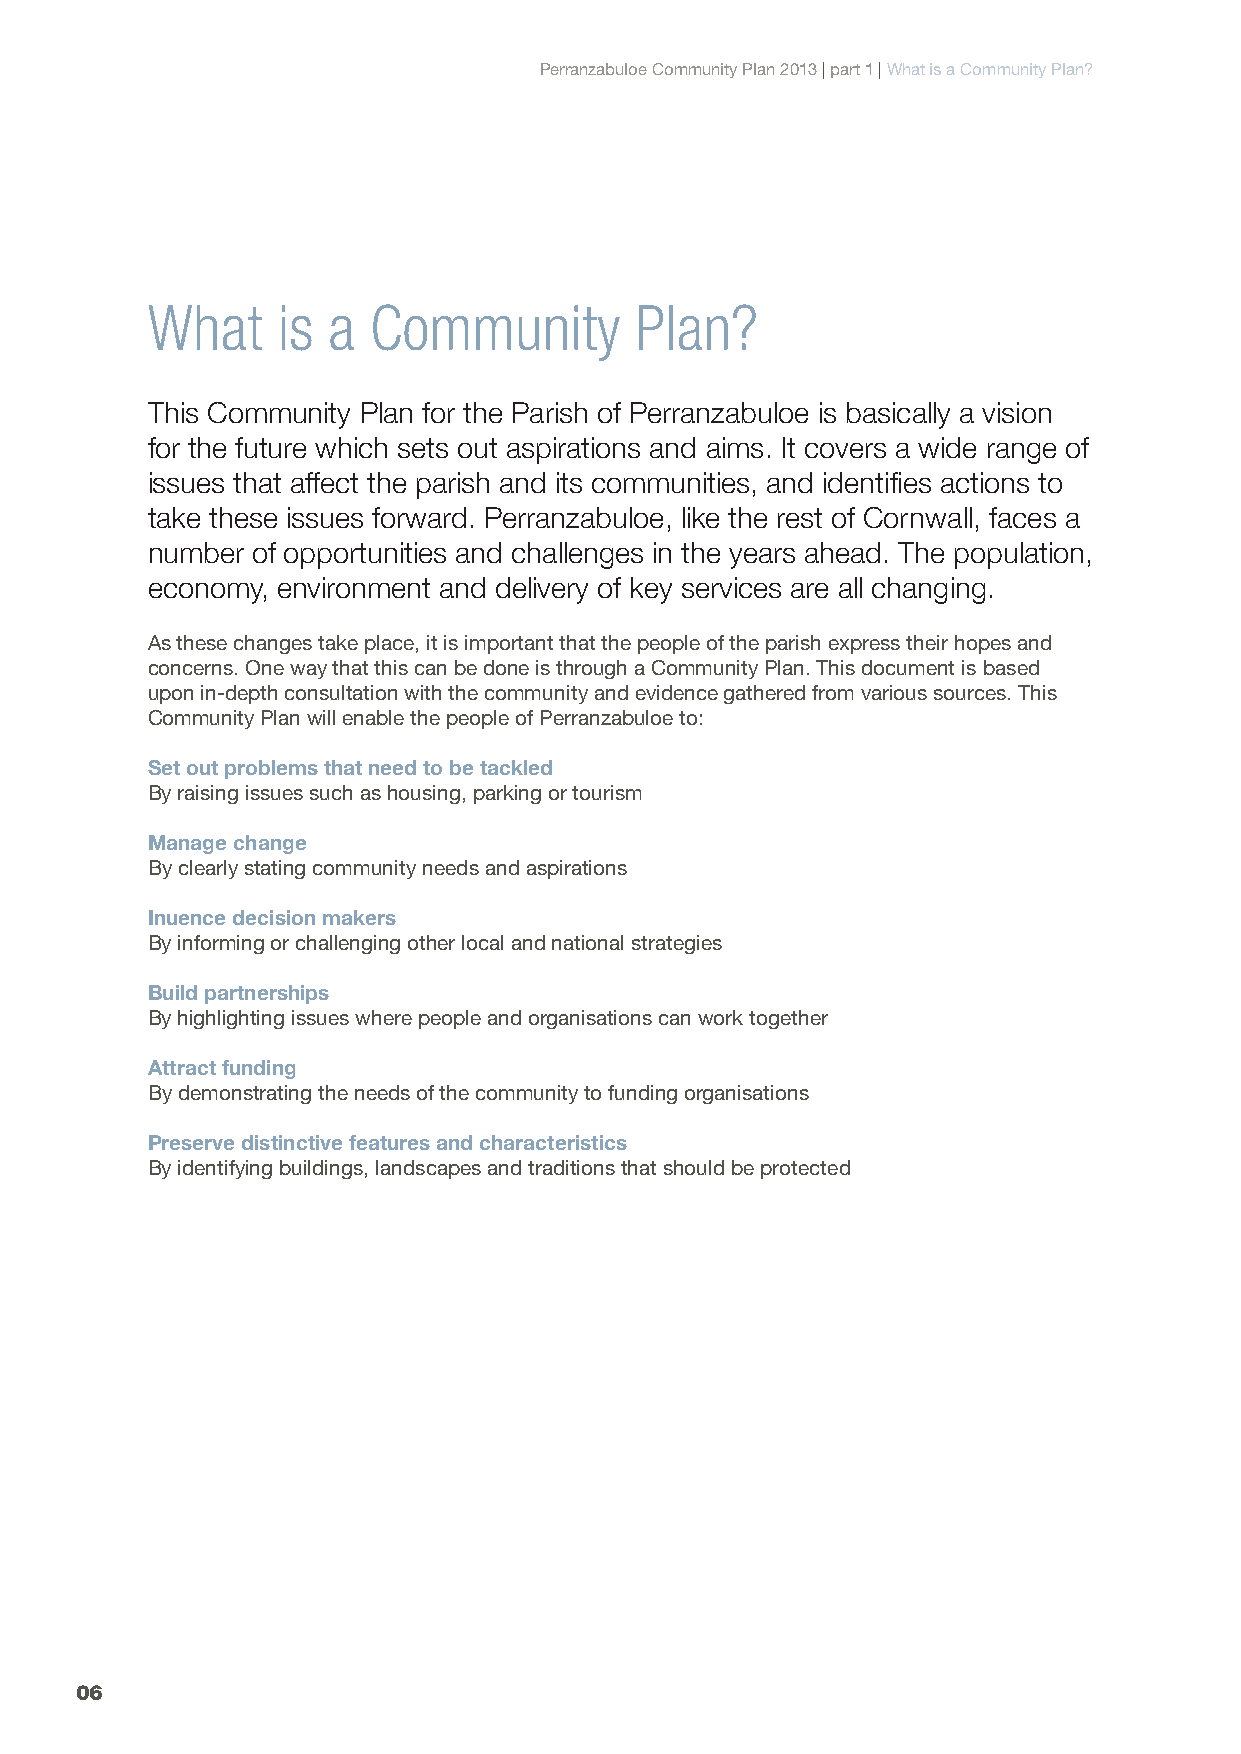
Perranzabuloe Community Plan 2013 | part 1 | What is a Community Plan?
 What    is  a Community         Plan?
 This Community Plan for the Parish of Perranzabuloe is basically a vision
 for the future which sets out aspirations and aims. It covers a wide range of
 issues that affect the parish and its communities, and identifies actions to
 take these issues forward. Perranzabuloe, like the rest of Cornwall, faces a
 number of opportunities and challenges in the years ahead. The population,
 economy, environment and delivery of key services are all changing.
 As these changes take place, it is important that the people of the parish express their hopes and
 concerns. One way that this can be done is through a Community Plan. This document is based
 upon in-depth consultation with the community and evidence gathered from various sources. This
 Community Plan will enable the people of Perranzabuloe to:
 Set out problems that need to be tackled
 By raising issues such as housing, parking or tourism
 Manage change
 By clearly stating community needs and aspirations
 Inuence decision makers
 By informing or challenging other local and national strategies
 Build partnerships
 By highlighting issues where people and organisations can work together
 Attract funding
 By demonstrating the needs of the community to funding organisations
 Preserve distinctive features and characteristics
 By identifying buildings, landscapes and traditions that should be protected
 06